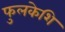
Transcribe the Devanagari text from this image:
फुलकेशि